Annual administration report of the Civil Veterinary Department of India - 1902-1903
Year: 1902
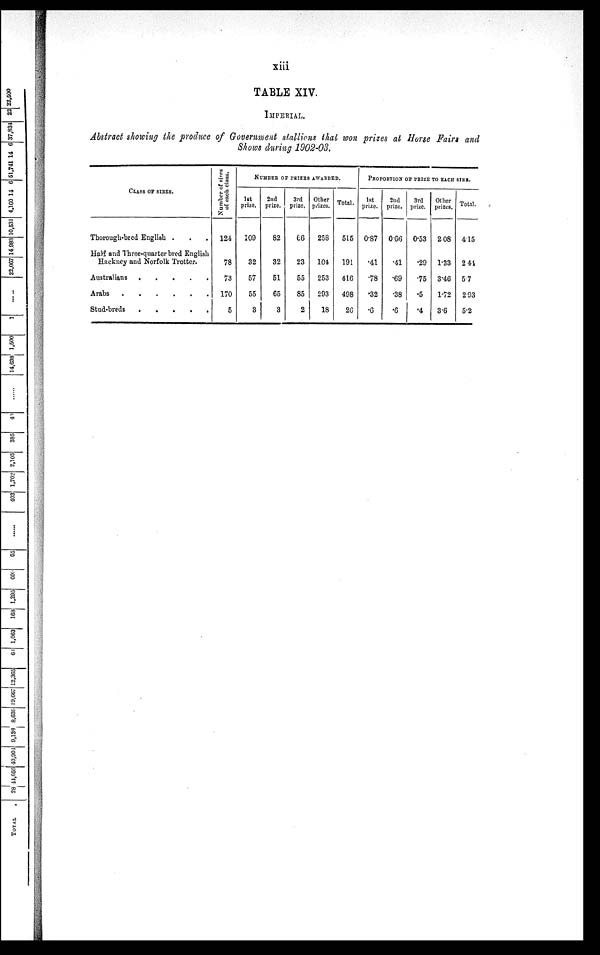
xiii
TABLE XIV.
IMPERIAL.
Abstract showing the produce of Government stallions that won prizes at Horse Fairs and
Shows during 1902-03.
CLASS OF SIRES.
Thorough-bred English . . .
Half and Three-quarter bred English
Hackney and Norfolk Trotter.
Australians . . . . . .
Arabs
.
.
.
.
.
.
Stud-breds
.
.
.
.
.
Number of sires
of each class.
124
78
73
170
5
NUMBER OF PRIZES AWARDED.
1st
prize.
109
32
57
55
3
2nd
prize.
82
32
51
65
3
3rd
prize.
66
23
55
85
2
Other
prizes.
258
104
253
293
18
Total.
515
191
416
498
26
PROPORTION OF PRIZE TO EACH SIRE.
1st
prize.
0.87
.41
.78
.32
.6
2nd
prize.
0.66
.41
.69
.38
.6
3rd
prize.
0.53
.29
.75
.5
.4
Other
prizes.
2.08
1.33
3.46
1.72
3.6
Total.
4.15
2.44
5.7
2.93
5.2